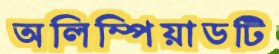
অলিম্পিয়াডটি